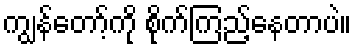
ကျွန်တော့်ကို စိုက်ကြည့်နေတာပဲ။